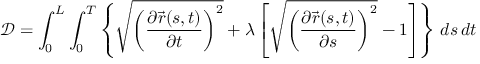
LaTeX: { \mathcal { D } } = \int _ { 0 } ^ { L } \int _ { 0 } ^ { T } \left\{ { \sqrt { \left( { \frac { \partial { \vec { r } } ( s , t ) } { \partial t } } \right) ^ { 2 } } } + \lambda \left[ { \sqrt { \left( { \frac { \partial { \vec { r } } ( s , t ) } { \partial s } } \right) ^ { 2 } } } - 1 \right] \right\} \, d s \, d t